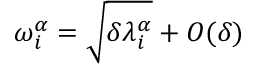
\omega _ { i } ^ { \alpha } = \sqrt { \delta \lambda _ { i } ^ { \alpha } } + O ( \delta )